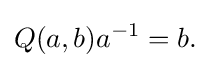
\displaystyle {Q(a,b)a^{-1}=b.}